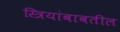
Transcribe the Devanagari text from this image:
स्त्रियांबाबतील